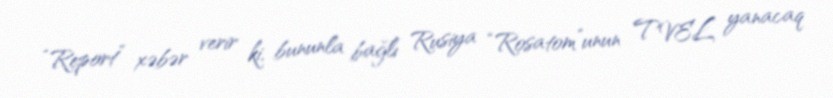
“Report” xəbər verir ki, bununla bağlı Rusiya “Rosatom”unun TVEL yanacaq